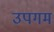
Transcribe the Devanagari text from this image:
उपगम